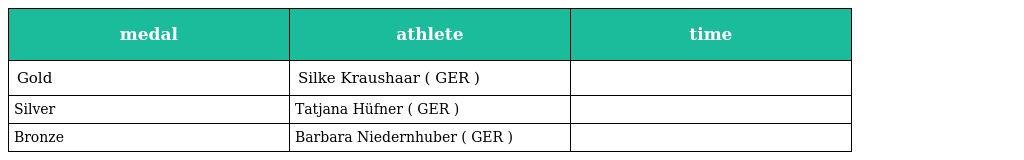
| medal | athlete | time |
 | --- | --- | --- |
 | Gold | Silke Kraushaar ( GER ) |  |
 | Silver | Tatjana Hüfner ( GER ) |  |
 | Bronze | Barbara Niedernhuber ( GER ) |  |